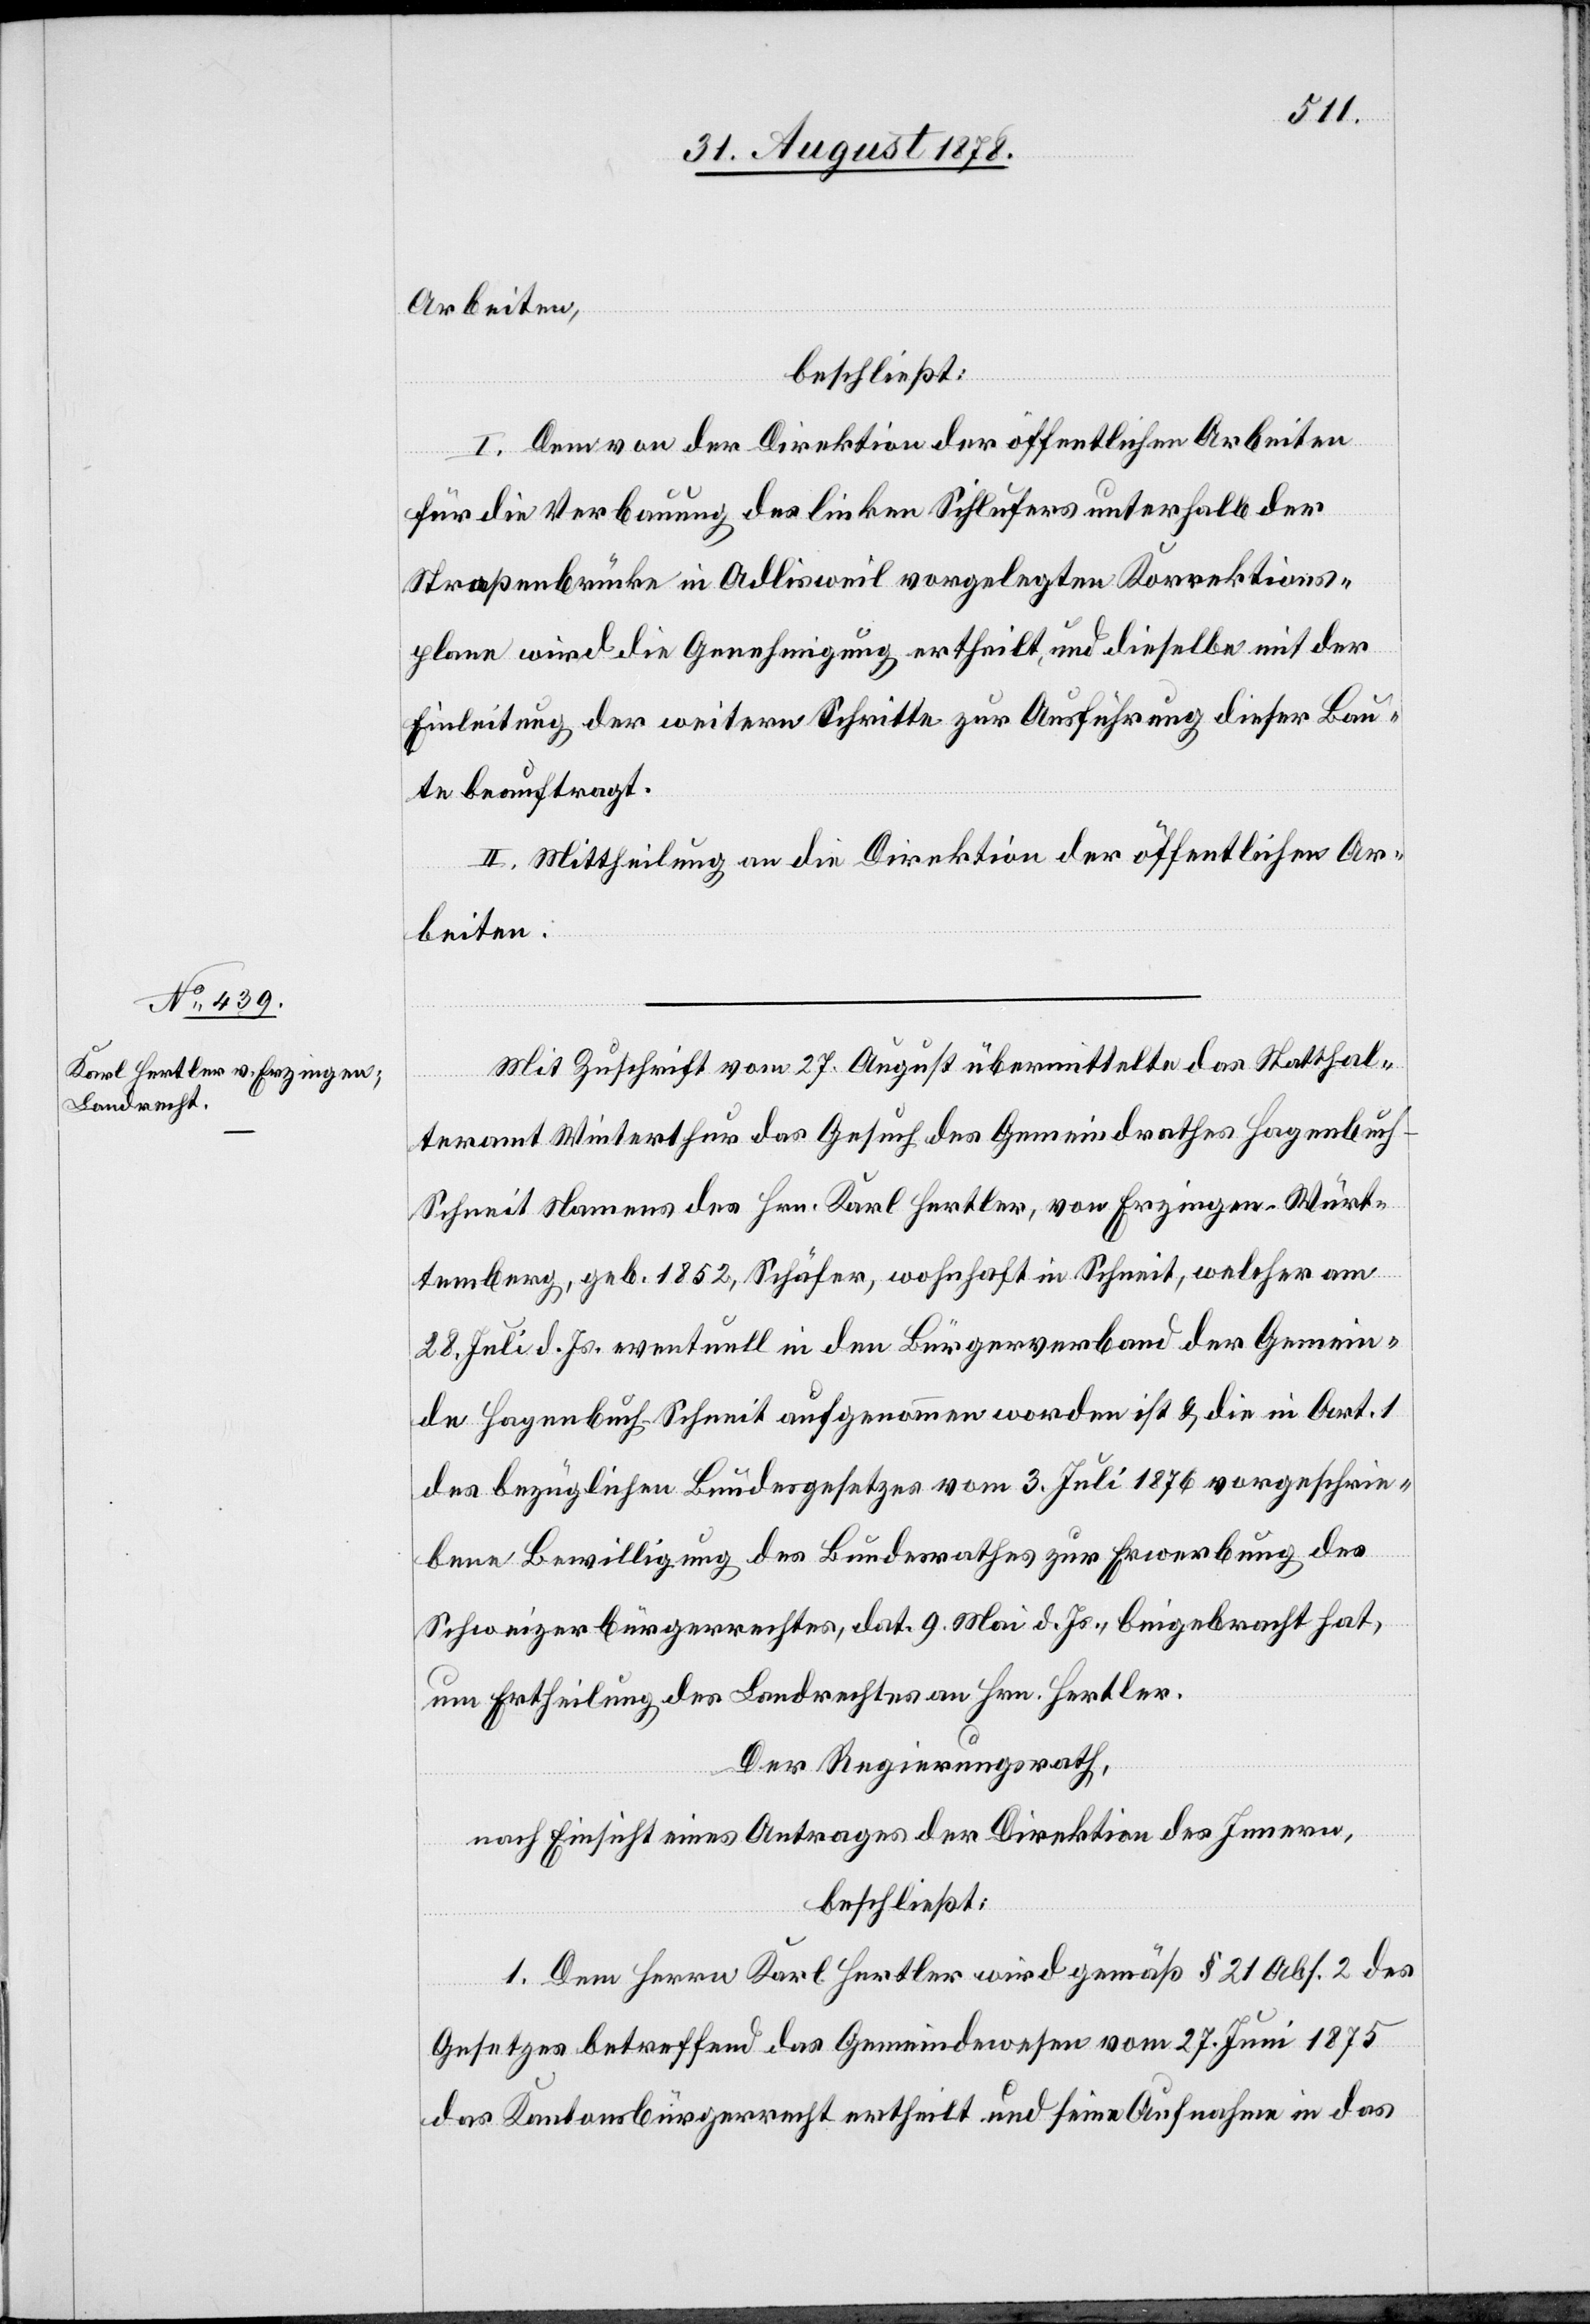
beschließt:
I. Dem von der Direktion der öffentlichen Arbeiten
für die Verbauung des linken Sihlufers unterhalb der
Straßenbrücke in Adlisweil vorgelegten Korrektions¬
plane wird die Genehmigung ertheilt, und dieselbe mit der
Einleitung der weitern Schritte zur Ausführung dieser Bau¬
te beauftragt.
II. Mittheilung an die Direktion der öffentlichen Ar¬
beiten.
Mit Zuschrift vom 27. August übermittelte das Statthal¬
teramt Winterthur das Gesuch des Gemeindrathes Hagenbuc¬
h-Schneit Namens des Hrn. Karl Hertler, von Erzingen - Würt¬
temberg, geb. 1852, Schäfer, wohnhaft in Schneit, welcher am
28. Juli d. Js. eventuell in den Bürgerverband der Gemein¬
de Hagenbuch-Schneit aufgenommen worden ist & die in Art. 1
des bezüglichen Bundesgesetzes vom 3. Juli 1876 vorgeschrie¬
bene Bewilligung des Bundesrathes zur Erwerbung des
Schweizerbürgerrechtes, dat. 9. Mai d. Js., beigebracht hat,
um Ertheilung des Landrechtes an Hrn. Hertler.
Der Regierungsrath,
nach Einsicht eines Antrages der Direktion des Innern,
beschließt:
1. Dem Herrn Karl Hertler wird gemäß § 21 Abs. 2 des
Gesetzes betreffend das Gemeindewesen vom 27. Juni 1875
des Kantonsbürgerrecht ertheilt und seine Aufnahme in das